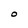
Character: O